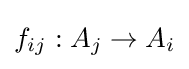
f_{ij}:A_{j}\to A_{i}